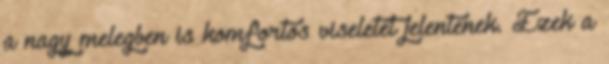
a nagy melegben is komfortos viseletet jelentenek. Ezek a